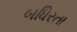
બધિરતા